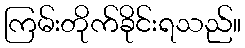
ကြမ်းတိုက်ခိုင်းရသည်။